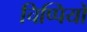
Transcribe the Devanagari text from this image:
चिप्पियों